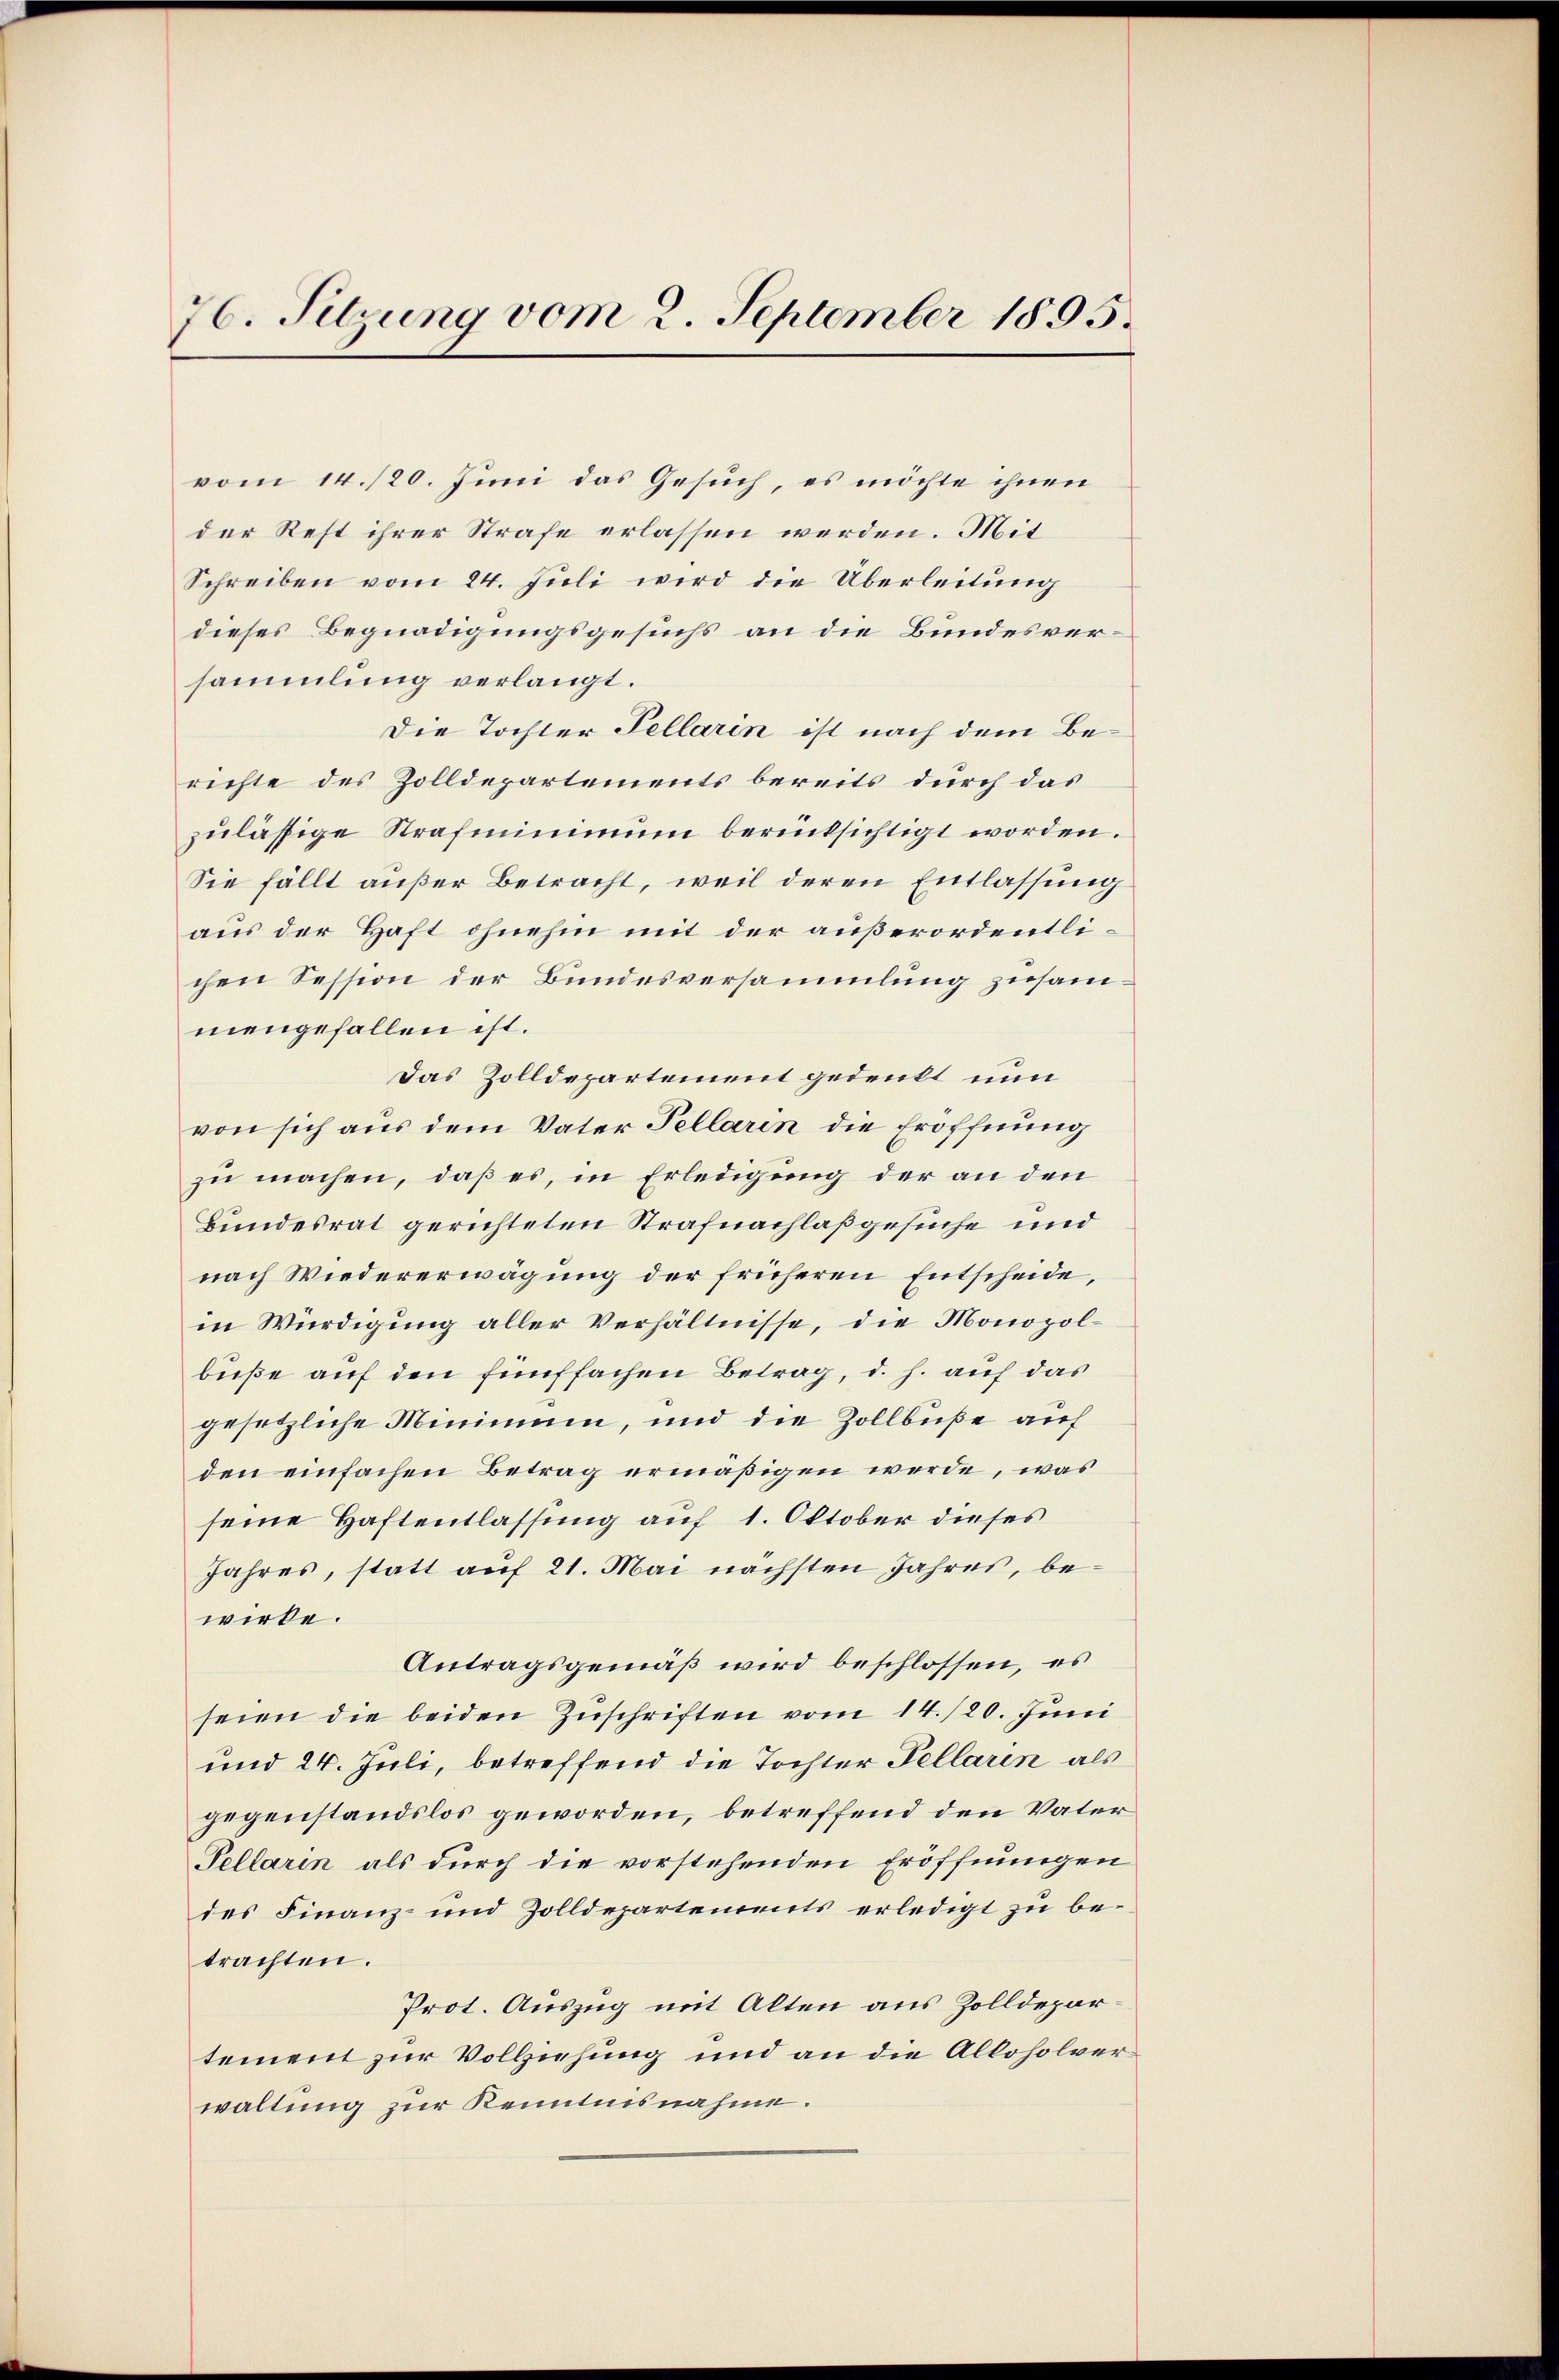
76. Sitzung vom 2. September 1895.

vom 14./20. Juni das Gesuch, es möchte ihnen
der Rest ihrer Strafe erlassen werden. Mit
Schreiben vom 24. Juli wird die Überleitung
dieses Begnadigungsgesuchs an die Bundesversammlung verlangt.
Die Tochter Sellarin ist nach dem Berichte des Zolldepartements bereits durch das
zulässige Strafminimum berücksichtigt worden.
Sie fällt außer Betracht, weil deren Entlassung
aus der Haft ohnehin mit der außerordentlichen Session der Bundesversammlung zusammengefallen ist.
Das Zolldepartement gedenkt nun
von sich aus dem Vater Tellarin die Eröffnung
zu machen, daß es, in Erledigung der an den
Bundesrat gerichteten Strafnachlaßgesuche und
nach Wiedererwägung der früheren Entscheide,
in Würdigung aller Verhältnisse, die Monopolbuße auf den fünffachen Betrag, d. h. auf das
gesetzliche Minimum, und die Zollbuße auf
den einfachen Betrag ermäßigen werde, was
seine Haftentlassung auf 1. Oktober dieses
Jahres, statt auf 21. Mai nächsten Jahres, bewirke.
Antragsgemäß wird beschlossen, es
seien die beiden Zuschriften vom 14./20. Juni
und 24. Juli, betreffend die Tochter Fellarin als
gegenstandslos geworden, betreffend den Vater
Pellarin als durch die vorstehenden Eröffnungen
des Finanz- und Zolldepartements erledigt zu betrachten.
Prot. Auszug mit Alten aus Zolldepartement zur Vollziehung und an die Alloholverwaltung zur Kenntnisnahme.